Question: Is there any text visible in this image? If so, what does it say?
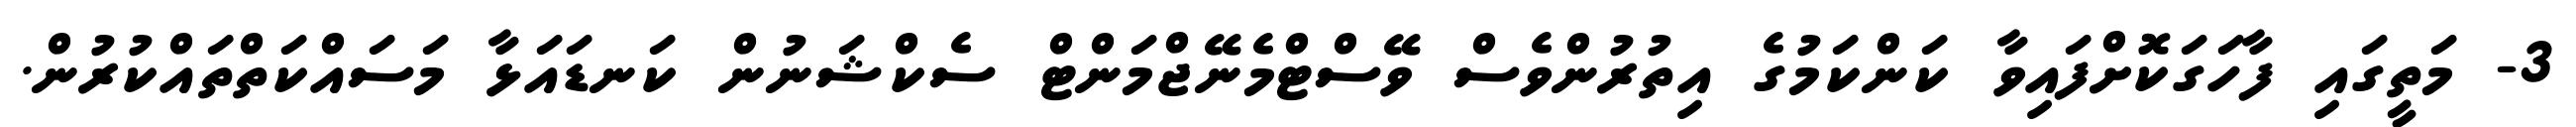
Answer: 3- މަތީގައި ފާހަގަކޮށްފައިވާ ކަންކަމުގެ އިތުރުންވެސް ވޭސްޓްމެނޭޖްމަންޓް ސެކްޝަނުން ކަނޑައަޅާ މަސައްކަތްތައްކުރުން.